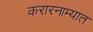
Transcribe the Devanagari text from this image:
करारनाम्यात